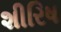
શીરિષ